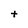
Character: t